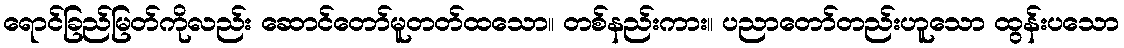
ရောင်ခြည်မြတ်ကိုလည်း ဆောင်တော်မူတတ်ထသော။ တစ်နည်းကား။ ပညာတော်တည်းဟူသော ထွန်းပသော